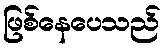
ဖြစ်နေပေသည်